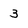
Character: 3